NAE_ERA_R-2324_Eesti_Vabariigi_Pohiseaduslik_Assamblee, lk 4
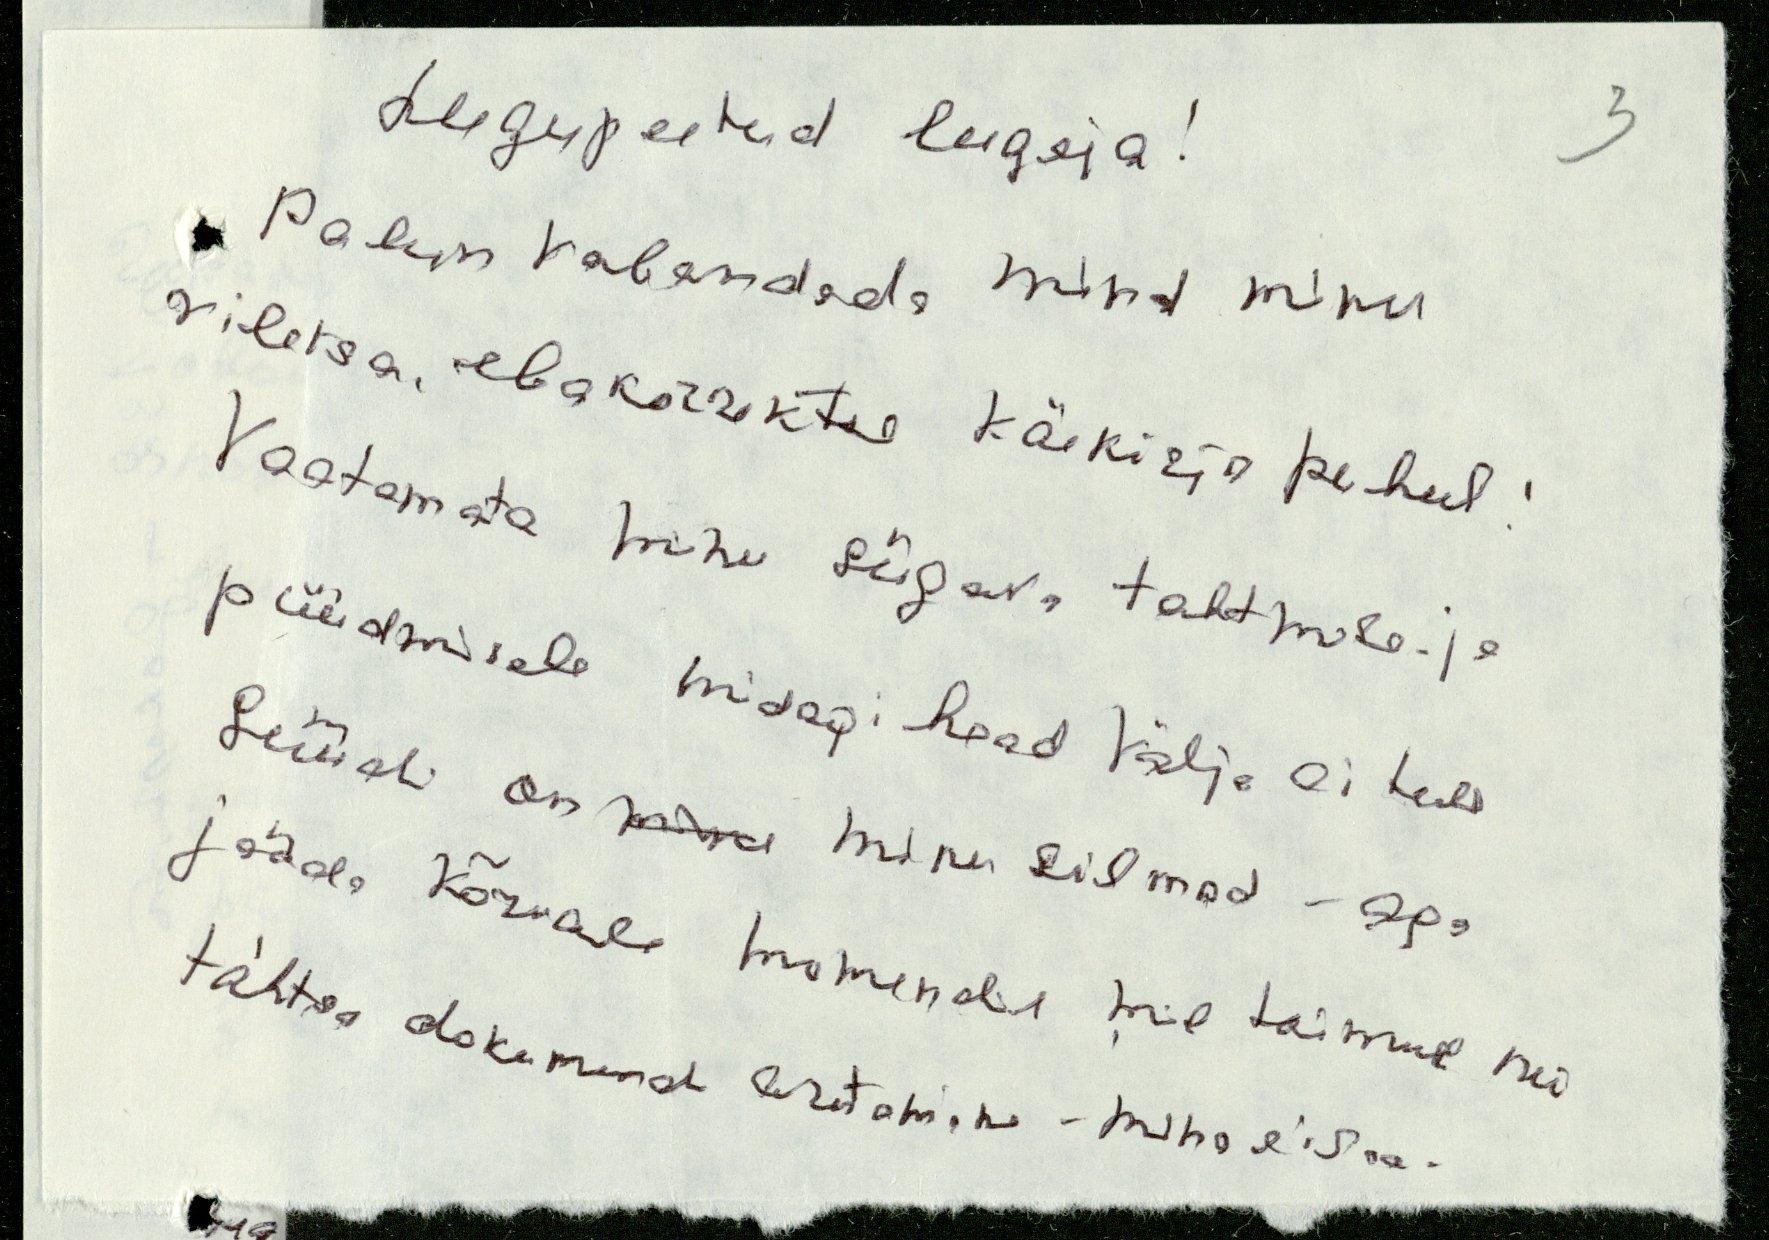
Lugupeetud lugeja!
Palun vabandada mind minu
viletsa, ebakorrektse käekirja puhul!
Vaatamata minu sügava tahtmise- ja
püüdmisele midagi head välja ei tule
Süüdi on mine minu silmad - aga
jääda kõrvale momendil mil toimub nii
tähtsa dokumendi arutamine - mina ei saa.